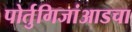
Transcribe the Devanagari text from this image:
पोर्तुगिजांआडचा